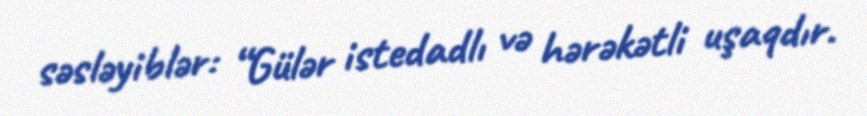
səsləyiblər: “Gülər istedadlı və hərəkətli uşaqdır.